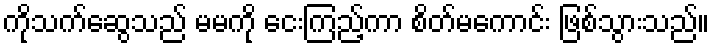
ကိုသက်ဆွေသည် မမကို ငေးကြည့်ကာ စိတ်မကောင်း ဖြစ်သွားသည်။